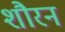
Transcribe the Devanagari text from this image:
शौरन